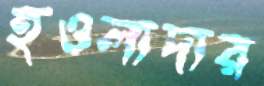
হওলাদার